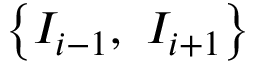
\left\{ { { I } _ { i - 1 } } , \ { { I } _ { i + 1 } } \right\}